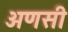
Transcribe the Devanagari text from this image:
अणसी